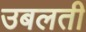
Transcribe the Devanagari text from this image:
उबलती